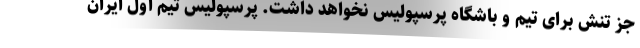
جز تنش برای تیم و باشگاه پرسپولیس نخواهد داشت. پرسپولیس تیم اول ایران